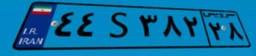
۸۲S۷۸۸۰۹